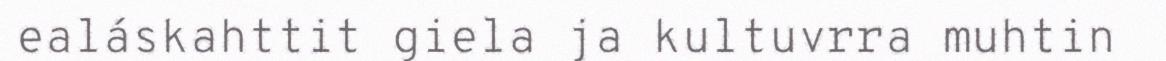
ealáskahttit giela ja kultuvrra muhtin